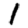
Digit: 1